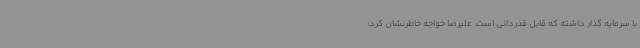
با سرمایه گذار داشته که قابل قدردانی است. علیرضا خواجه خاطرنشان کرد: